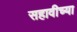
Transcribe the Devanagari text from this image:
सहावीच्या